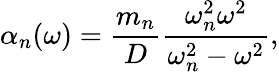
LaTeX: \alpha_{n}(\omega)=\frac{m_{n}}{D}\frac{\omega_{n}^{2}\omega^{2}}{\omega_{n}^{2}-\omega^{2}},